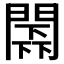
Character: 𨵰